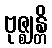
ဗုဇ္ဈန္တိ